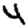
Digit: 4